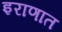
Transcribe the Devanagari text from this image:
इराणात